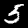
Label: 5